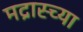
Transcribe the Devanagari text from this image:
मद्रास्च्या